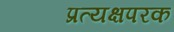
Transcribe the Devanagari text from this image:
प्रत्यक्षपरक